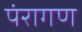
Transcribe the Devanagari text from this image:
पंरागण